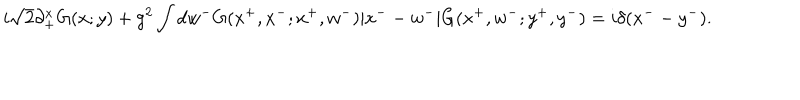
i \sqrt { 2 } \partial _ { + } ^ { x } G ( x ; y ) + g ^ { 2 } \int d w ^ { - } G ( x ^ { + } , x ^ { - } ; x ^ { + } , w ^ { - } ) | x ^ { - } - w ^ { - } | G ( x ^ { + } , w ^ { - } ; y ^ { + } , y ^ { - } ) = i \delta ( x ^ { - } - y ^ { - } ) .